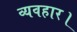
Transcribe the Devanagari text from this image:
व्‍यवहार।